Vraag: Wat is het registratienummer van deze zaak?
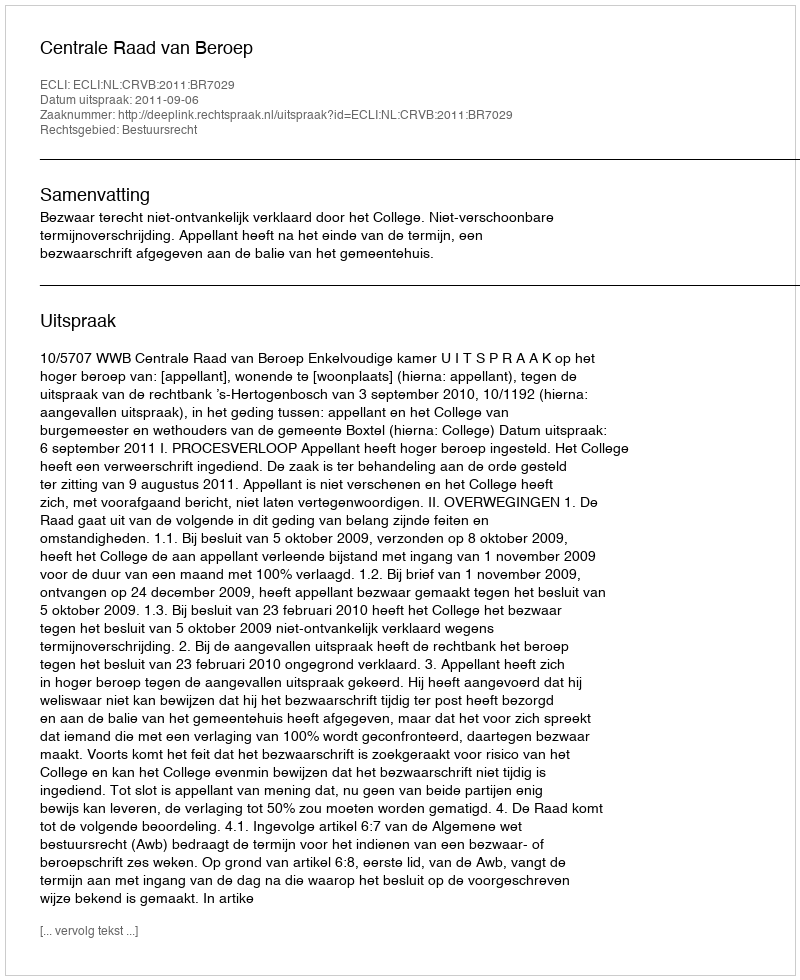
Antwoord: http://deeplink.rechtspraak.nl/uitspraak?id=ECLI:NL:CRVB:2011:BR7029